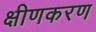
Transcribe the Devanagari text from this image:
क्षीणकरण